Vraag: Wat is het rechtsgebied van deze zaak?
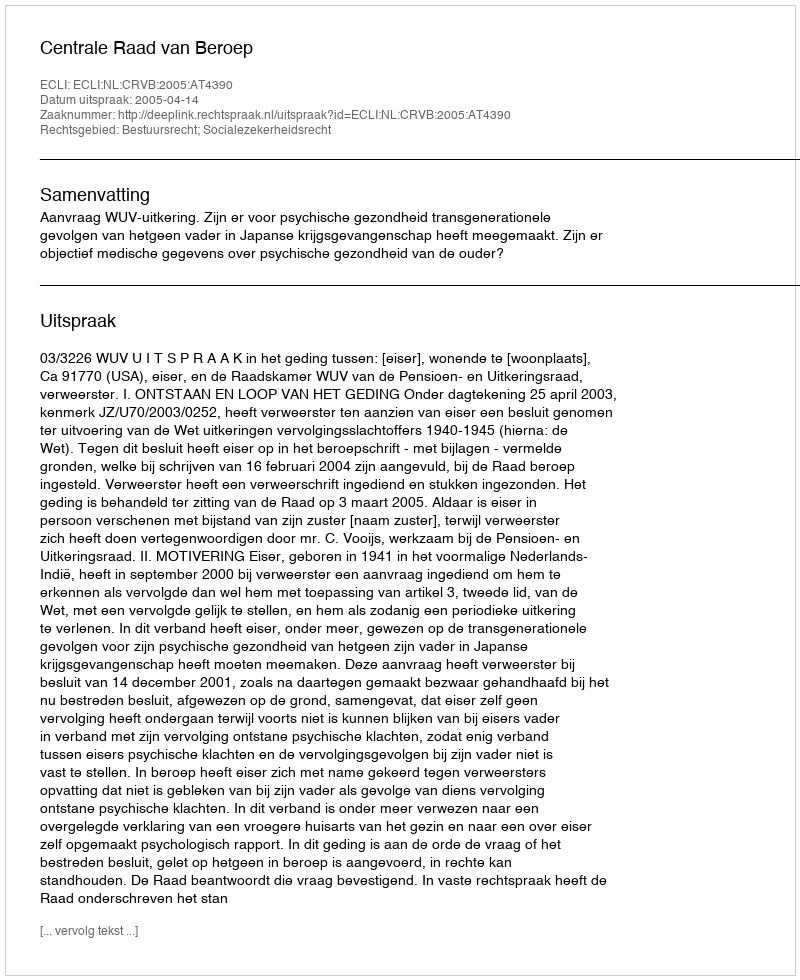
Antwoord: Bestuursrecht; Socialezekerheidsrecht